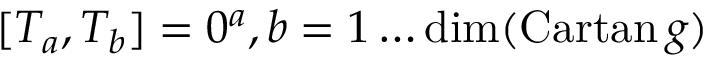
[ T _ { a } , T _ { b } ] = 0 \sp a , b = 1 \ldots \mathrm { d i m } ( \mathrm { C a r t a n } \, g )